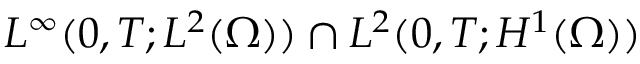
L ^ { \infty } ( 0 , T ; L ^ { 2 } ( \Omega ) ) \cap L ^ { 2 } ( 0 , T ; H ^ { 1 } ( \Omega ) )